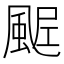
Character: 𩗑